Eesti_Vabariigi_Tartu_Ulikool, lk 105
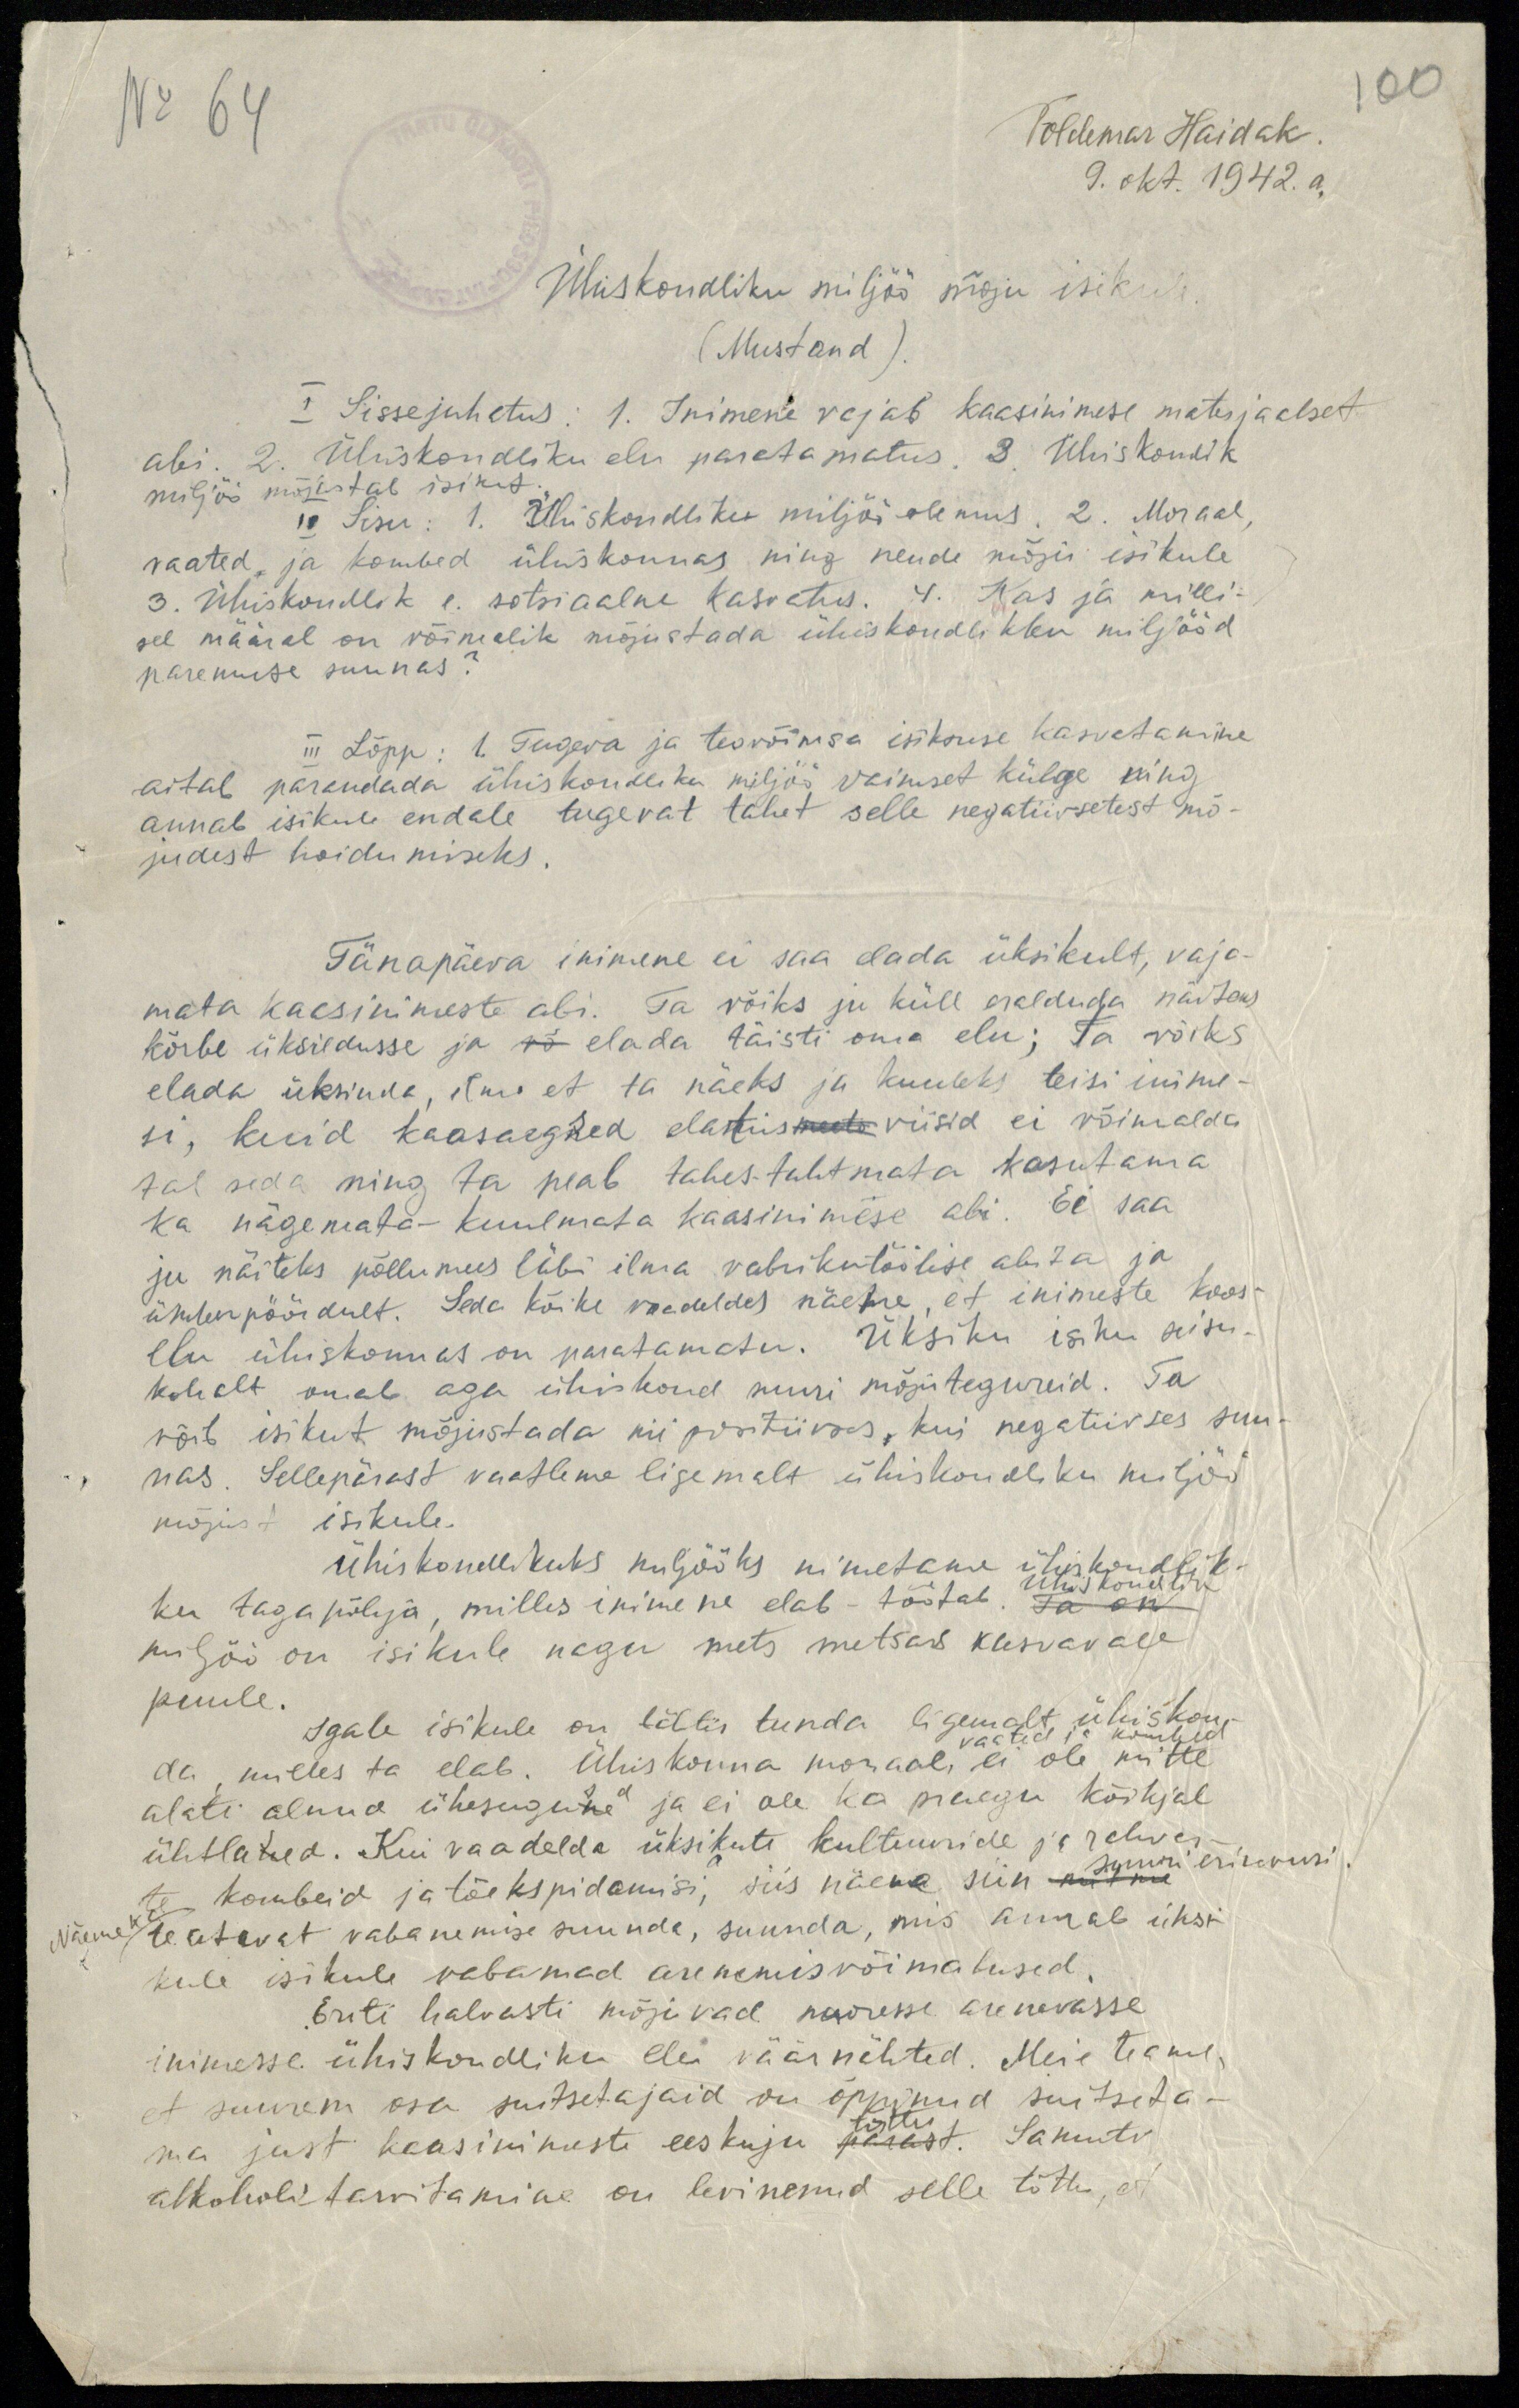
100
Voldemar Haidak.
9. okt. 1942. a.
Ühiskondliku miljöö mõju isikule
(Mustand).
I Sissejuhatus: 1. Inimene vajab kaasinimese materjaalset
abi. 2. Ühiskondliku elu paratamatus. 3. Ühiskondik
miljöö mõjustab isikut.
IV Sisu: 1. Ühiskondliku miljöö olemus. 2. Moraal,
vaated, ja kombed ühiskonnas ning nende mõju isikule
3. Ühiskondlik e. sotsiaalne kasvatus. 4. Kas ja milli-
sel määral on võimalik mõjustada ühiskondlikku miljööd
paremuse suunas?
III Lõpp: 1. Tugeva ja teovõimsa isiksuse kasvatamine
aitab parandada ühiskondliku miljöö vaimset külge ning
annab isikule endale tugevat tahet selle negatiivsetest mõ-
judest hoidumiseks
Tänapäeva inimene ei saa elada üksikult, vaja-
mata kaasinimeste abi. Ta võiks ju küll eralduda näiteks
kõrbe üksildusse ja võ elada täisti oma elu; Ta võiks
elada üksinda, ilma et ta näeks ja kuuleks teisi inime-
si, kuid kaasaegsed elatusmeeto viisid ei võimalda
tal seda ning ta peab tahes-tahtmata kasutama
ka nägemata-kuulmata kaasinimese abi. Ei saa
ju näiteks põllumees läbi ilma vabrikutöölise abita ja
ümberpöördult. Seda kõike vaadeldes näeme, et inimeste koos-
elu ühiskonnas on paratamatu. Üksiku isiku seisu-
kohalt omab aga ühiskond suuri mõjutegureid. Ta
võib isikut mõjustada nii positiivses, kui negatiivses suu-
nas. Sellepärast vaatleme ligemalt ühiskondliku miljöö
mõju isikule.
Ühiskondlikuks miljööks nimetame ühiskondlik-
Ühiskondlik
ku tagapõhja, milles inimene elab - töötab. Ta on
miljöö on isikule nagu mets metsas kasvavale
puule.
Igale isikule on tähtis tunda ligemalt ühiskon-
da, milles ta elab. Ühiskonna moraal, ei ole mitte
alati olnud ühesugused ja ei ole ka praegu kõikjal
ühtlased. Kui vaadelda üksikute kultuuride ja rahvas-
te kombeid ja tõekspidamisi, siis näeme siin mitme suuri erinevusi.
Näeme ka teatavat vabanemise suunda, suunda, mis annab üksi-
kule isikule vabamad arenemisvõimalused.
Eriti halvasti mõjuvad nooresse arenevasse
inimesse ühiskondliku elu väärnähted. Meie teame,
et suurem osa suitsetajaid on õppinud suitseta-
ma just kaasininuste eeskuju pärast tõttu. Samuti
alkoholi tarvitamine on levinenud selle tõttu, et

No 64